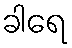
ခါရေ